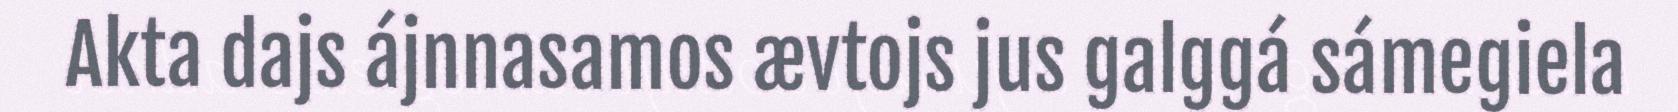
Akta dajs ájnnasamos ævtojs jus galggá sámegiela